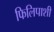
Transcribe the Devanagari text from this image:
फिलिपाशी